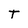
Character: T